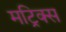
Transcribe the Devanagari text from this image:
मट्रिक्स